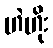
ဟဲဟိုး